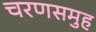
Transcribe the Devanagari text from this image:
चरणसमुह